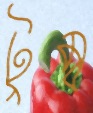
টুম্ব